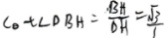
C _ { \theta } t \angle D B H = \frac { B A H } { D H } = \frac { \sqrt { 3 } } { 1 }